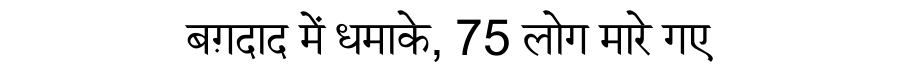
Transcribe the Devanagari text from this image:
बग़दाद में धमाके, 75 लोग मारे गए